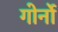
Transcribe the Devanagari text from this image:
गोर्नो